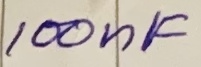
Text: 100nF